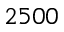
2 5 0 0